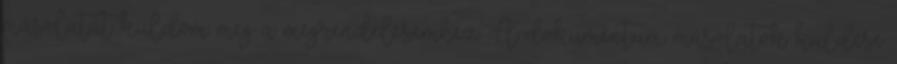
másolatát küldöm meg a megrendelésemhez: A dokumentum másolatok küldése